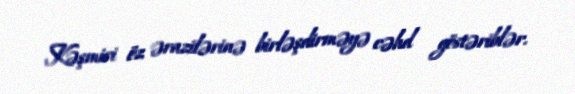
Kəşmiri öz ərazilərinə birləşdirməyə cəhd göstəriblər.